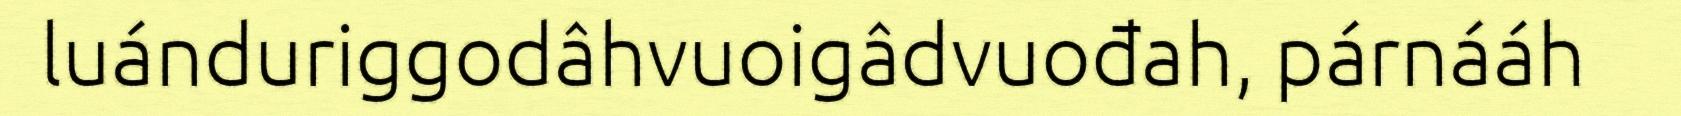
luánduriggodâhvuoigâdvuođah, párnááh